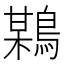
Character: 𪃏